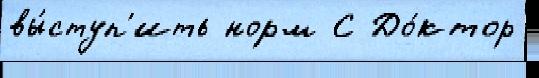
вы́ступ'ить норм С До́ктор